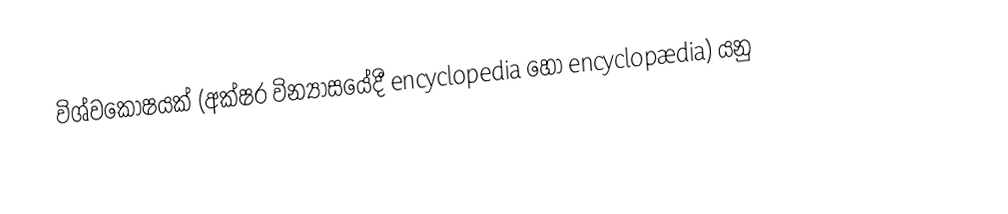
විශ්‍‍වකෝෂ‍යක් (අක්ෂර වින්‍යාසයේදී encyclopedia හෝ encyclopædia) යනු